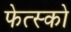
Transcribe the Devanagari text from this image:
फेत्स्को